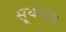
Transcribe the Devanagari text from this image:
सू्र्यचंद्र